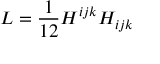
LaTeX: { \cal L } = { \frac { 1 } { 1 2 } } { H ^ { i j k } H _ { i j k } }